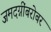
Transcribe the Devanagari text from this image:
जमदग्नींबरोबर